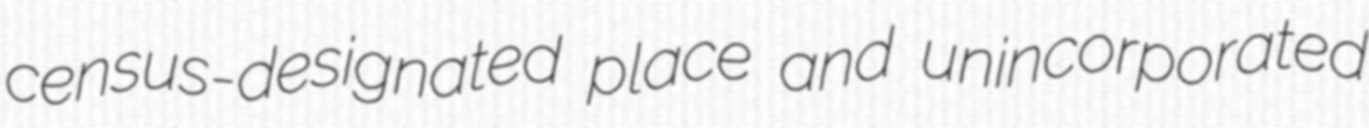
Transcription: census-designated place and unincorporated